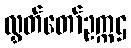
လွှတ်တော်ဥက္ကဌ